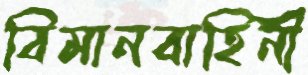
বিমানবাহিনী